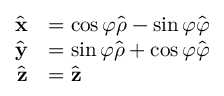
{ \begin{array} { r l } { { \hat { \mathbf { x } } } } & { = \cos \varphi { \hat { \boldsymbol { \rho } } } - \sin \varphi { \hat { \boldsymbol { \varphi } } } } \\ { { \hat { \mathbf { y } } } } & { = \sin \varphi { \hat { \boldsymbol { \rho } } } + \cos \varphi { \hat { \boldsymbol { \varphi } } } } \\ { { \hat { \mathbf { z } } } } & { = { \hat { \mathbf { z } } } } \end{array} }